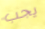
يجب